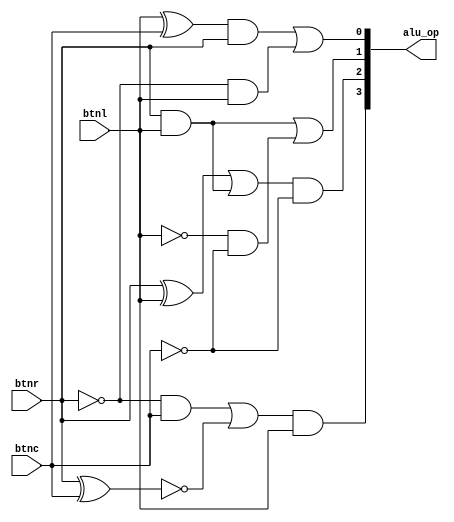
`timescale 1ns/1ps
module decoder(
input btnl,
input btnc,
input btnr,
output [3:0] alu_op
);

//internal nets
wire w1, w2, w3, w4, w5, w6, w7, w8, w9, w10, w11;

//alu_op[0]
not(w1, btnr);
and(w2, w1, btnl);
xor(w3, btnl, btnc);
and(w4, w3, btnr);
or(alu_op[0], w4, w2);

//alu_op[1]
and(w5, btnr, btnl);
not(w6, btnl);
not(w7, btnc);
and(w8, w6, w7);
or(alu_op[1], w5, w8);

//alu_op[2]
//and(w5, btnr, btnl) exists and is w5
xor(w9, btnr, btnl);
or(w10, w9, w5);
//not(w7, btnc) exists and is w7
and(alu_op[2], w10, w7);

//alu_op[3]
//not(w1, btnr) exists and is w1
and(w11, w1, btnc);
xnor(w12, btnr, btnc);
or(w13, w11, w12);
and(alu_op[3], w13, btnl);

endmodule